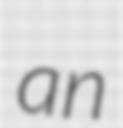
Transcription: an